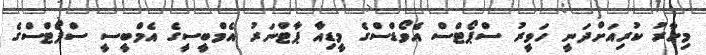
މިހާރު ކުރިއަށްދަނީ ހަވީރު ސްޕޯޓްސް އެވޯޑްސްގެ މީޑިއާ ޕާޓްނަރު އެމްބީސީގެ އެމްބީސީ ސްޕޯޓްސްގެ